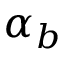
\alpha _ { b }